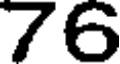
76